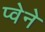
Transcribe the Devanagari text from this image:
प्वेने